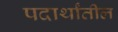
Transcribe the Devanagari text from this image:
पदार्थांतील